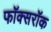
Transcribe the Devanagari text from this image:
फॉक्सरॉक